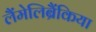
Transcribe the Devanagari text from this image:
लैंमेलिब्रैंकिया